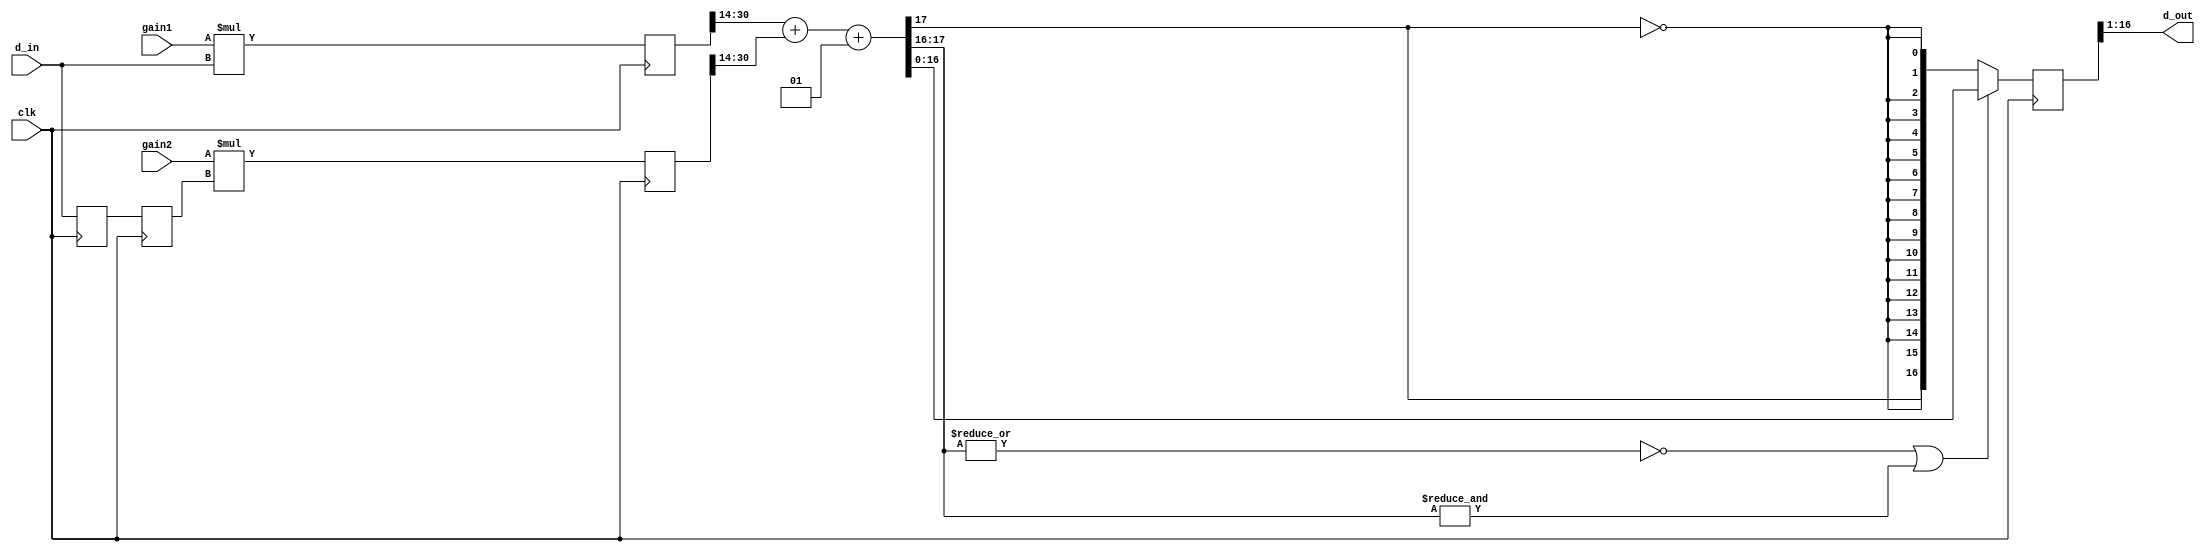
`timescale 1ns / 1ns

// programmable phase shifter, suited for carriers near f_sample/8,
//  e.g., f_sample/7 used in APEX
module phshift(
	input clk,  // timespec 8.0 ns
	input signed [15:0] d_in,
	output signed [15:0] d_out,
	input signed [15:0] gain1,
	input signed [15:0] gain2
);

// Universal definition; note: old and new are msb numbers, not bit widths.
`define SAT(x,old,new) ((~|x[old:new] | &x[old:new]) ? x : {x[old],{new{~x[old]}}})

// z-transform filter gain
//  gain1 + gain2*z^{-2}
reg signed [15:0] d1=0, d2=0;  // input z^(-1) registers
reg signed [31:0] p1=0, p2=0;  // product registers
wire signed [16:0] p1s = p1[30:14];
wire signed [16:0] p2s = p2[30:14];
wire signed [17:0] sum = p1s + p2s + 1;  // one lsb guard, with rounding
reg signed [16:0] d3=0;  // sum register

always @(posedge clk) begin
	d1 <= d_in;
	d2 <= d1;
	p1 <= gain1 * d_in;
	p2 <= gain2 * d2;
	d3 <= `SAT(sum, 17, 16);
end
assign d_out = d3[16:1];

endmodule